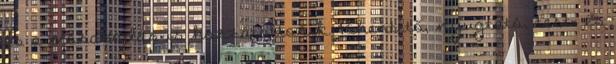
és a mosakodás is hozzátartozik. Pihentető, nyugtató, test- és